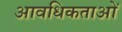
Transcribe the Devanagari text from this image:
आवधिकताओं